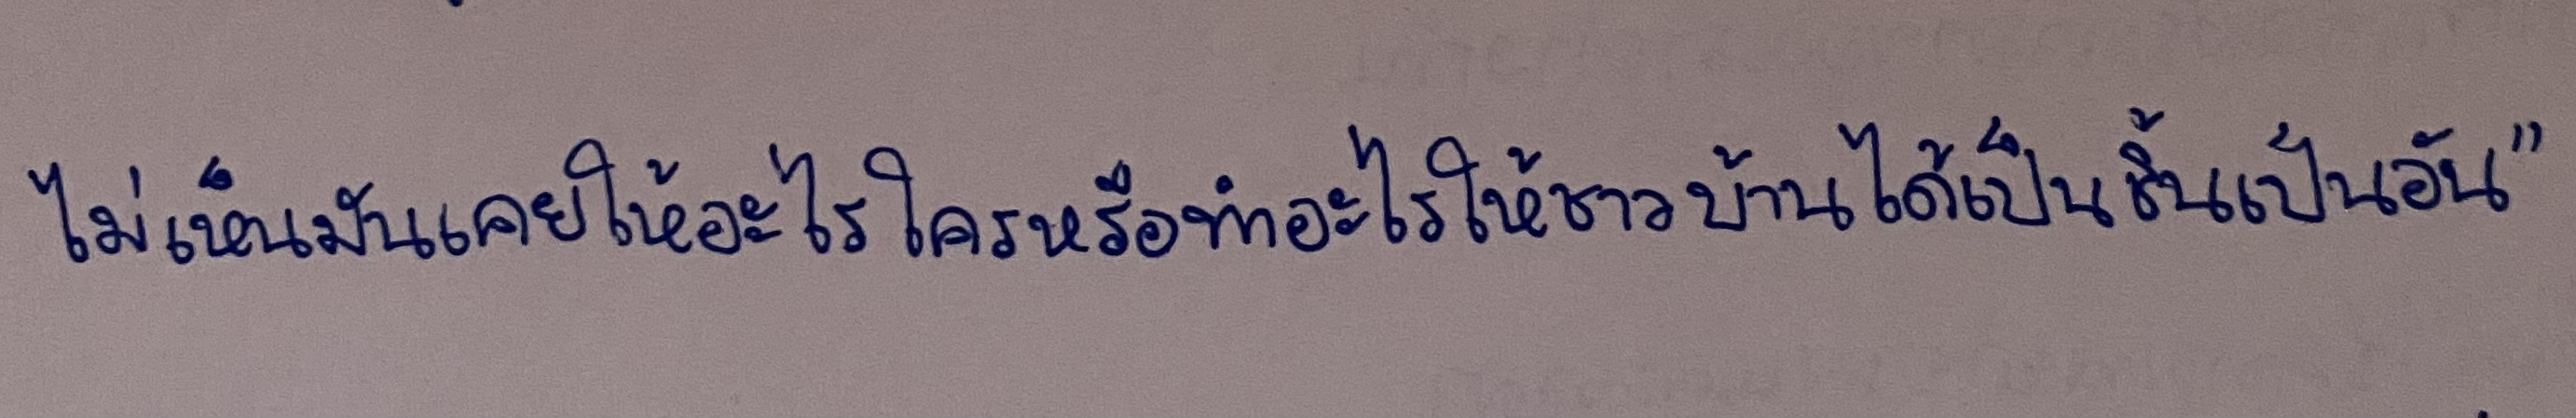
ไม่เห็นมันเคยให้อะไรใครหรือทำอะไรให้ชาวบ้านได้เป็นชิ้นเป็นอัน"